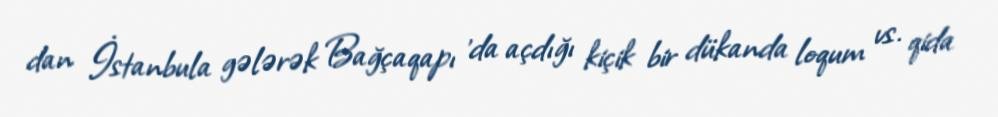
dan İstanbula gələrək Bağçaqapı 'da açdığı kiçik bir dükanda loqum vs. qida